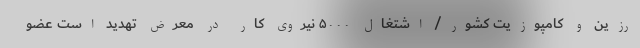
رزین و کامپوزیت کشور/ اشتغال ۵۰۰۰ نیروی کار در معرض تهدید است عضو